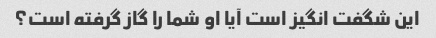
این شگفت انگیز است آیا او شما را گاز گرفته است؟